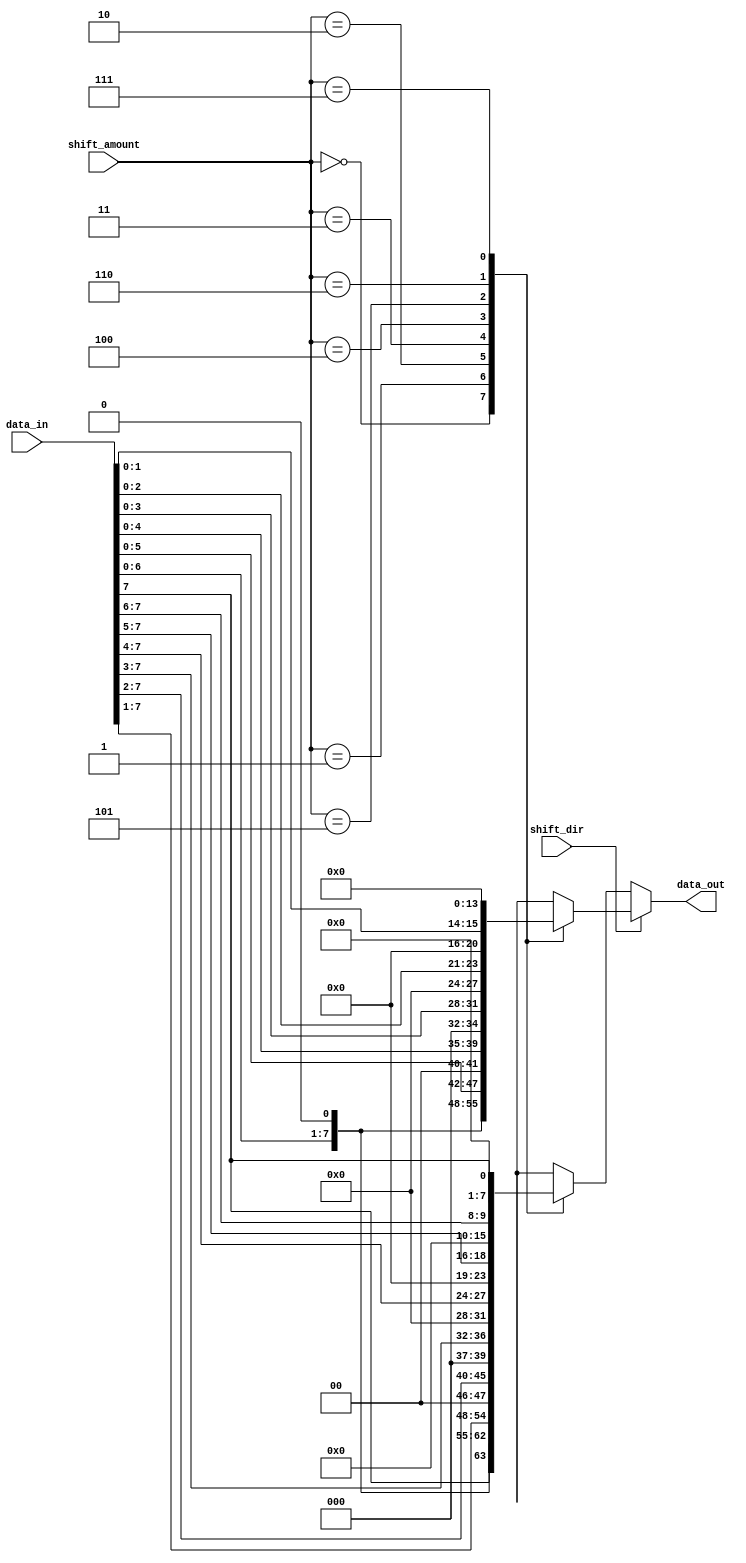
module barrel_shifter (
input [7:0] data_in,
input [2:0] shift_amount,
input shift_dir, // 0 for right shift, 1 for left shift
output reg [7:0] data_out
);

always @(*) begin
  if(shift_dir == 1) begin // left shift
    case(shift_amount)
      3'b000: data_out = data_in;
      3'b001: data_out = {data_in[6:0], 1'b0};
      3'b010: data_out = {data_in[5:0], 2'b00};
      3'b011: data_out = {data_in[4:0], 3'b000};
      3'b100: data_out = {data_in[3:0], 4'b0000};
      3'b101: data_out = {data_in[2:0], 5'b00000};
      3'b110: data_out = {data_in[1:0], 6'b000000};
      3'b111: data_out = {1'b0, 7'b0000000};
    endcase
  end
  else begin // right shift
    case(shift_amount)
      3'b000: data_out = data_in;
      3'b001: data_out = {1'b0, data_in[7:1]};
      3'b010: data_out = {2'b00, data_in[7:2]};
      3'b011: data_out = {3'b000, data_in[7:3]};
      3'b100: data_out = {4'b0000, data_in[7:4]};
      3'b101: data_out = {5'b00000, data_in[7:5]};
      3'b110: data_out = {6'b000000, data_in[7:6]};
      3'b111: data_out = {7'b0000000, data_in[7]};
    endcase
  end
end

endmodule